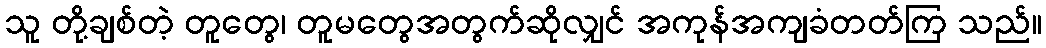
သူ တို့ချစ်တဲ့ တူတွေ၊ တူမတွေအတွက်ဆိုလျှင် အကုန်အကျခံတတ်ကြ သည်။